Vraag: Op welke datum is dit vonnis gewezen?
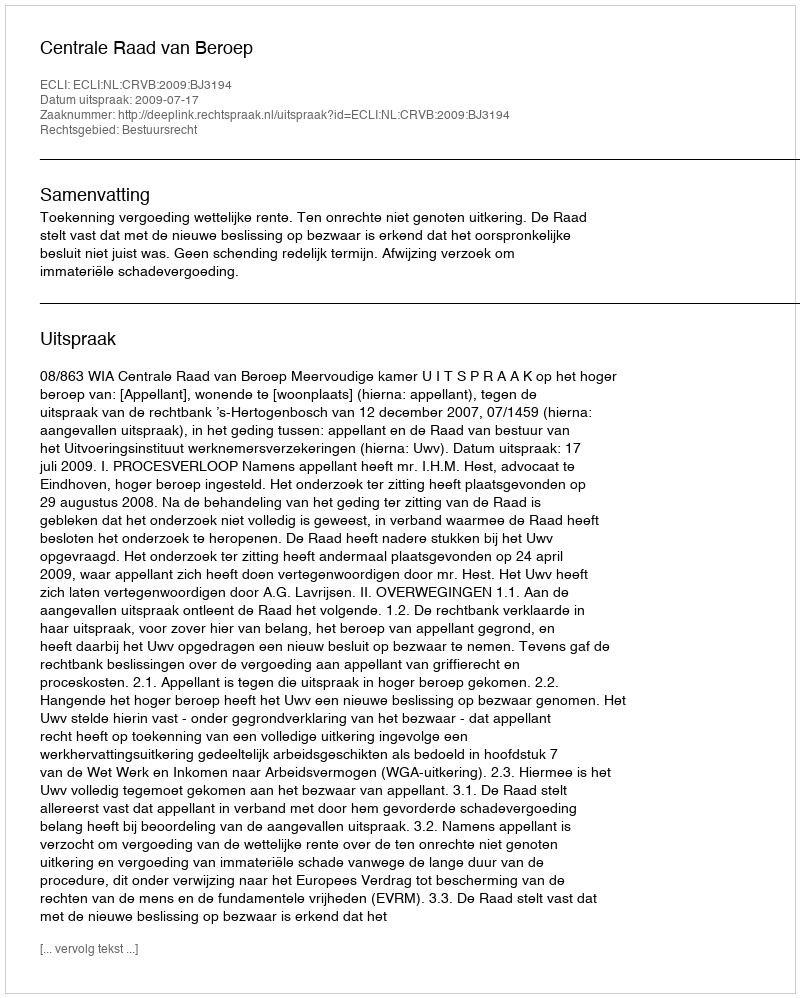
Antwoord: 2009-07-17